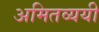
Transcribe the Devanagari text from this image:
अमितव्ययी